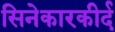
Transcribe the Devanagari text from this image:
सिनेकारकीर्द